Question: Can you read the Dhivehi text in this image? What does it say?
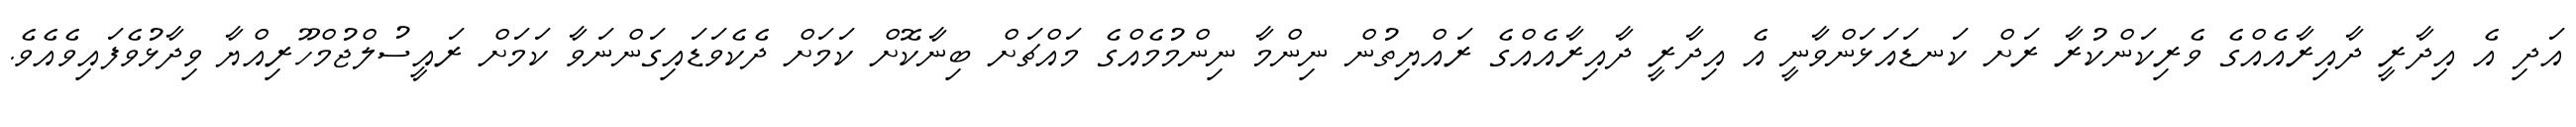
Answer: އަދި އެ އިދާރީ ދާއިރާއެއްގެ ވެރިކަންކުރާ ރަށް ކަނޑައަޅަންވާނީ އެ އިދާރީ ދާއިރާއެއްގެ ރައްޔިތުން ނިންމާ ނިންމުމެއްގެ މައްޗަށް ބިނާކޮށް ކަމަށް ދެކެވަޑައިގަންނަވާ ކަމަށް ރައީސުލްޖުމްހޫރިއްޔާ ވިދާޅުވެފައިވެއެވެ.